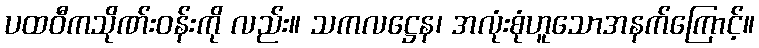
ပထဝီကသိုဏ်းဝန်းကို လည်း။ သကလဋ္ဌေန၊ အလုံးစုံဟူသောအနက်ကြောင့်။